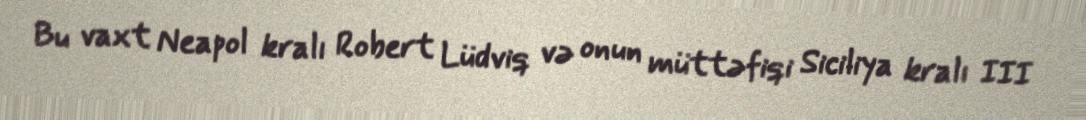
Bu vaxt Neapol kralı Robert Lüdviq və onun müttəfiqi Siciliya kralı III